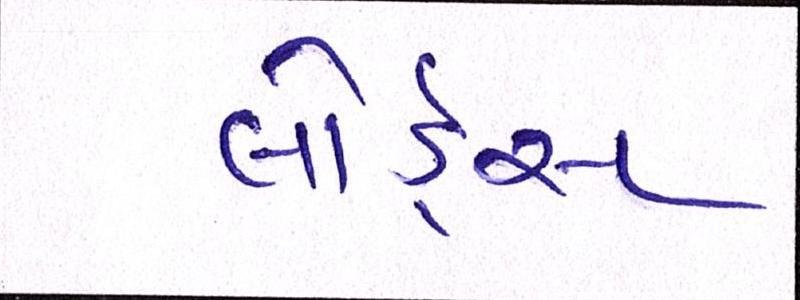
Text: લોર્ડ્સ